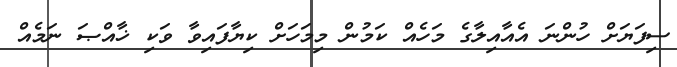
ސިފަޔަށް ހުންނަ އެއާއިލާގެ މަހެއް ކަމުން މިމަހަށް ކިޔާފައިވާ ވަކި ޚާއްޞަ ނަމެއް